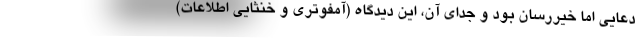
دعایی اما خیررسان بود و جدای آن، این دیدگاه (آمفوتری و خنثایی اطلاعات)